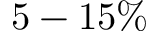
5 - 1 5 \%